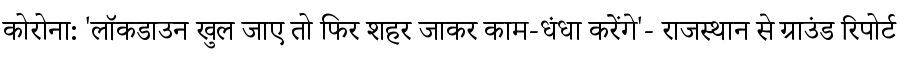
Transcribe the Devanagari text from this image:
कोरोना: 'लॉकडाउन खुल जाए तो फिर शहर जाकर काम-धंधा करेंगे'- राजस्थान से ग्राउंड रिपोर्ट